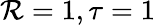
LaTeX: \mathcal{R}=1,\tau=1